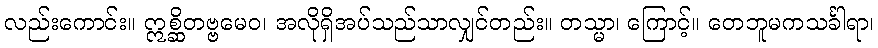
လည်းကောင်း။ ဣစ္ဆိတဗ္ဗမေဝ၊ အလိုရှိအပ်သည်သာလျှင်တည်း။ တသ္မာ၊ ကြောင့်။ တေဘူမကသင်္ခါရာ၊